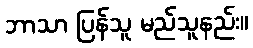
ဘာသာ ပြန်သူ မည်သူနည်း။